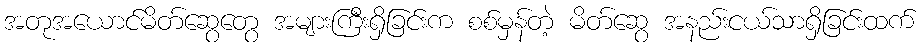
အတုအယောင်မိတ်ဆွေတွေ အများကြီးရှိခြင်းက စစ်မှန်တဲ့ မိတ်ဆွေ အနည်းငယ်သာရှိခြင်းထက်